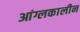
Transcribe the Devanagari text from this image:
आंग्लकालीन